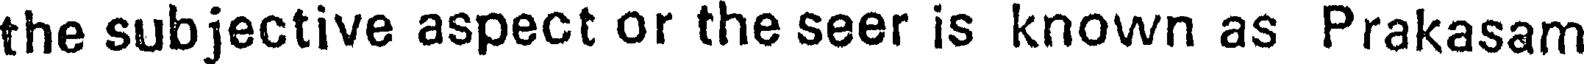
the subjective aspect or the seer is known as Prakasam